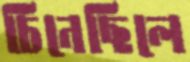
চিনেছিলে